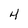
Character: 4